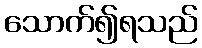
သောက်၍ရသည်